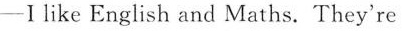
—Ⅰlike English and Maths. They're